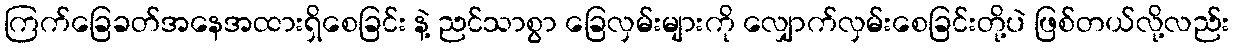
ကြက်ခြေခတ်အနေအထားရှိစေခြင်း နဲ့ ညင်သာစွာ ခြေလှမ်းများကို လျှောက်လှမ်းစေခြင်းတို့ပဲ ဖြစ်တယ်လို့လည်း